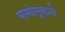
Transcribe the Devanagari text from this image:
यामोसुकरो